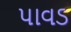
પાવડ